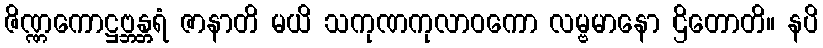
ဇိဏ္ဏကောဋ္ဌဗ္ဘန္တရံ ဇာနာတိ မယိ သကုဏကုလာဝကော လမ္ဗမာနော ဌိတောတိ။ နပိ